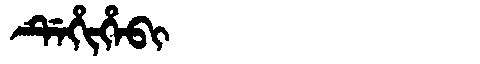
Manchu: ᡩᡝᡥᡳᡥᡝᠪᡳ
Romanization: DEHIHEBI